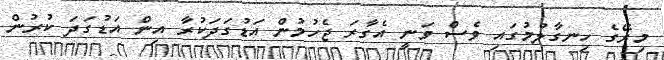
މިރޭގެ ހިނގާލުމުގައި ވެސް ވަނީ އެގާރަ ޖެހުމުން އަޑުގަދަކުރާ އިން އަޑުގަދަ ކުރުން